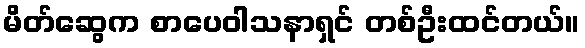
မိတ်ဆွေက စာပေဝါသနာရှင် တစ်ဦးထင်တယ်။